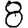
Digit: 8